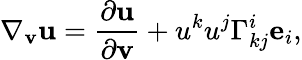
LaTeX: \nabla_{\mathbf{v}}\mathbf{u}=\frac{\partial\mathbf{u}}{\partial\mathbf{v}}+u^{k}u^{j}\Gamma_{kj}^{i}\mathbf{e}_{i},